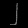
Digit: ၂